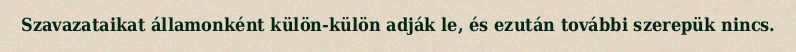
Szavazataikat államonként külön-külön adják le, és ezután további szerepük nincs.